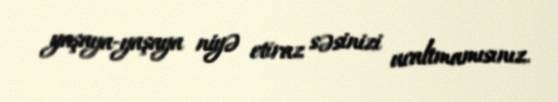
yaşaya-yaşaya niyə etiraz səsinizi ucaltmamısınız.